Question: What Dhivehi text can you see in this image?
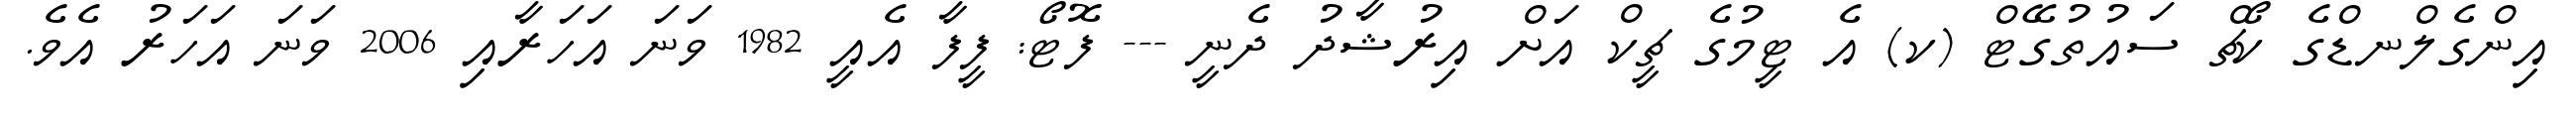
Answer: އިންގެލްނޑްގެ ކޯޗް ސައުތުގޭޓް (ކ) އެ ޓީމުގެ ޗީކް އަށް އިރުޝާދު ދެނީ --- ފޮޓޯ: ފީފާ އެއީ 1982 ވަނަ އަހަރާއި 2006 ވަނަ އަހަރު އެވެ.